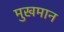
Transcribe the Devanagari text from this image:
मुखमान